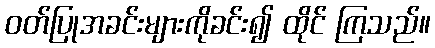
ဝတ်ပြုအခင်းများကိုခင်း၍ ထိုင် ကြသည်။